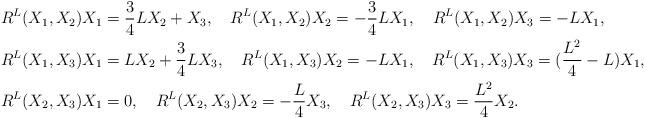
LaTeX: \begin{align*}&R^L(X_1,X_2)X_1=\frac{3}{4}LX_2+X_3,~~~ R^L(X_1,X_2)X_2=-\frac{3}{4}LX_1,~~~ R^L(X_1,X_2)X_3=-LX_1,~~~\\&R^L(X_1,X_3)X_1=LX_2+\frac{3}{4}LX_3,~~~ R^L(X_1,X_3)X_2=-LX_1,~~~ R^L(X_1,X_3)X_3=(\frac{L^2}{4}-L)X_1,~~~\\& R^L(X_2,X_3)X_1=0,~~~R^L(X_2,X_3)X_2=-\frac{L}{4}X_3,~~~ R^L(X_2,X_3)X_3=\frac{L^2}{4}X_2.\end{align*}